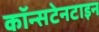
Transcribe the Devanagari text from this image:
कॉन्सटेनटाइन